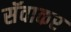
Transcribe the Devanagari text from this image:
सॅवाकर